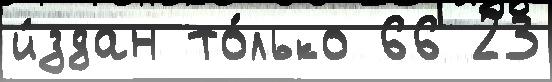
и́здан то́лько 66 23